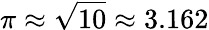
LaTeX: \pi\approx{\sqrt{10}}\approx 3.162